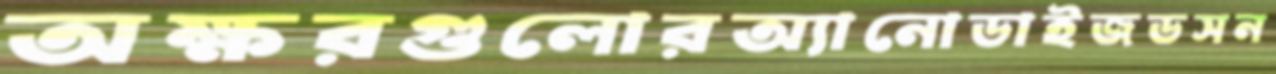
অক্ষরগুলোরঅ্যানোডাইজডসন